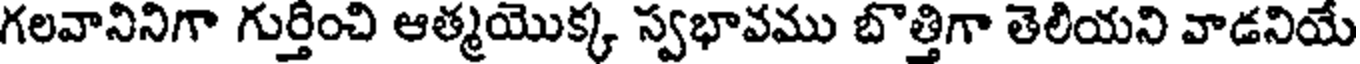
గలవానినిగా గుర్తించి ఆత్మయొక్క స్వభావము బొత్తిగా తెలియని వాడనియే